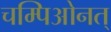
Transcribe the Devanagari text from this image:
चम्पिओनत्